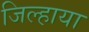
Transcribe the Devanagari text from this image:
जिल्हाया